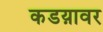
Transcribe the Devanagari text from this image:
कडय़ावर